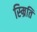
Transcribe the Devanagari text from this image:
स्म्रिति